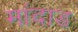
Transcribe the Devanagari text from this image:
मांदाड